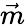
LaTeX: \vec{m}